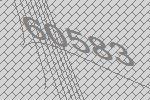
60583